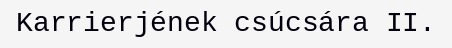
Karrierjének csúcsára II.